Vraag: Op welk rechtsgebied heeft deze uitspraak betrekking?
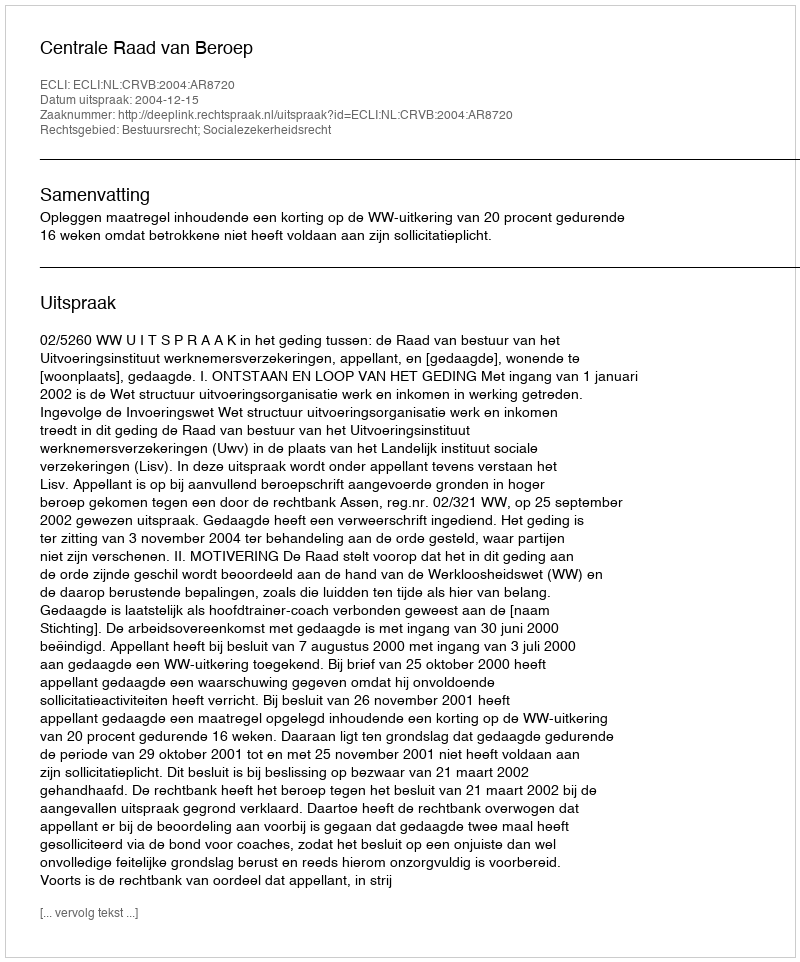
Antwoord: Bestuursrecht; Socialezekerheidsrecht